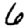
Digit: 6